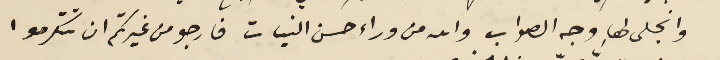
وانجلى لها وجه الصواب والله من وراء حسن النيات فارجو من غيرتكم ان تتكرموا